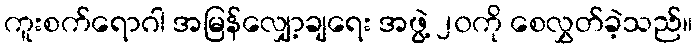
ကူးစက်ရောဂါ အမြန်လျှော့ချရေး အဖွဲ့ ၂၀ကို စေလွှတ်ခဲ့သည်။